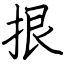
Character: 拫